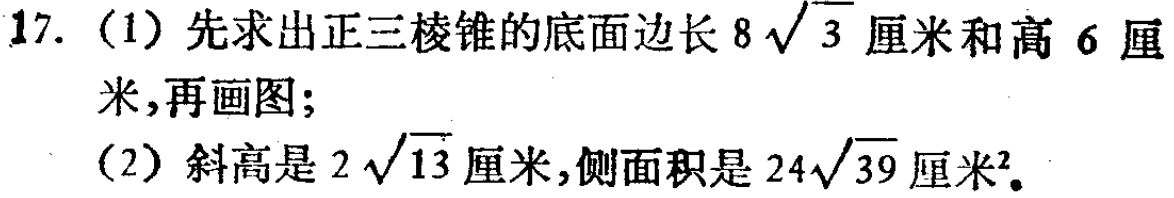
17. (1) 先求出正三棱锥的底面边长\(8\sqrt{3}\)厘米和高\(6\)厘米,再画图;
(2) 斜高是\(2\sqrt{13}\)厘米,侧面积是\(24\sqrt{39}\)厘米\(^{2}\)。